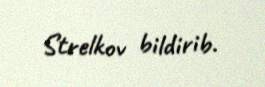
Strelkov bildirib.